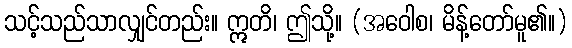
သင့်သည်သာလျှင်တည်း။ ဣတိ၊ ဤသို့။ (အဝေါစ၊ မိန့်တော်မူ၏။)